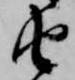
由